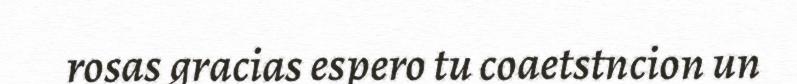
rosas gracias espero tu coaetstncion un